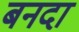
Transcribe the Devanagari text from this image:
बनदा